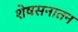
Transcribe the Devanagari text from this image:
शेषसनातन